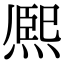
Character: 熈